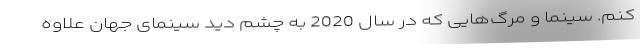
کنم. سینما و مرگ‌هایی که در سال 2020 به چشم دید سینمای جهان علاوه